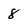
Character: 8